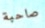
صاحبة